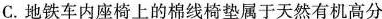
C.地铁车内座椅上的棉线椅垫属于天然有机高分